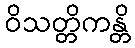
ဝိသတ္တိကန္တိ